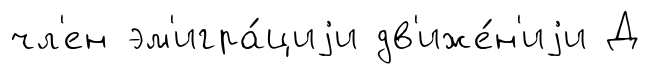
чл'ен эм'игра́циjи дв'иже́н'иjи Д